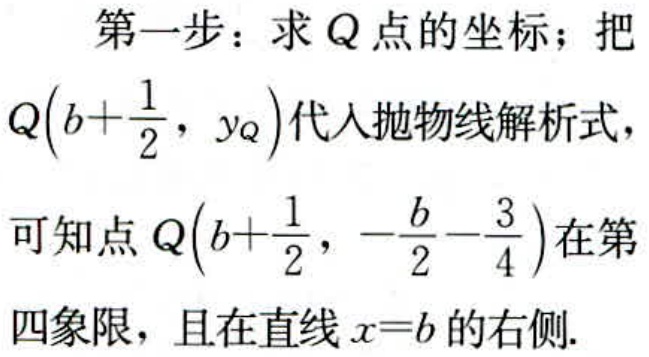
第一步：求 \(Q\) 点的坐标；把 \(Q(b + \frac{1}{2}, y_Q)\) 代入抛物线解析式，
可知点 \(Q(b + \frac{1}{2}, -\frac{b}{2} - \frac{3}{4})\) 在第四象限，且在直线 \(x = b\) 的右侧.